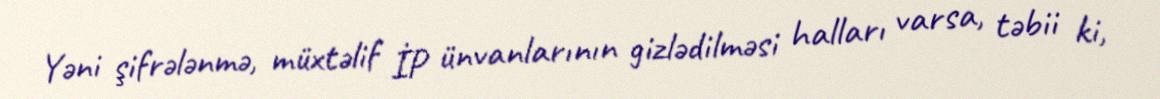
Yəni şifrələnmə, müxtəlif İP ünvanlarının gizlədilməsi halları varsa, təbii ki,